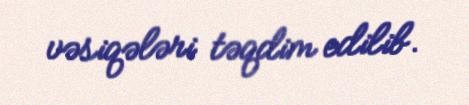
vəsiqələri təqdim edilib.